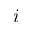
i